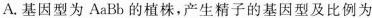
A.基因型为AaBb的植株，产生精子的基因型及比例为